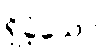
ရှိခဲ့သော